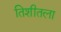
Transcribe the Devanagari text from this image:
तिशीतला